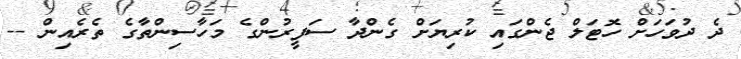
ދެ ދުވަހަށް ހޮޓަލް ޖެންގައި ކުރިޔަށް ގެންދާ ސަފީރުންގެ މަހާސިންތާގެ ތެރެއިން --